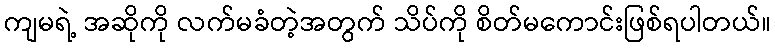
ကျမရဲ့ အဆိုကို လက်မခံတဲ့အတွက် သိပ်ကို စိတ်မကောင်းဖြစ်ရပါတယ်။